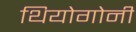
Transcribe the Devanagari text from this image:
थियोगोनी